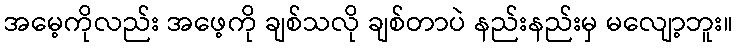
အမေ့ကိုလည်း အဖေ့ကို ချစ်သလို ချစ်တာပဲ နည်းနည်းမှ မလျော့ဘူး။